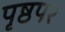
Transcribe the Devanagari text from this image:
पृष्ठपर